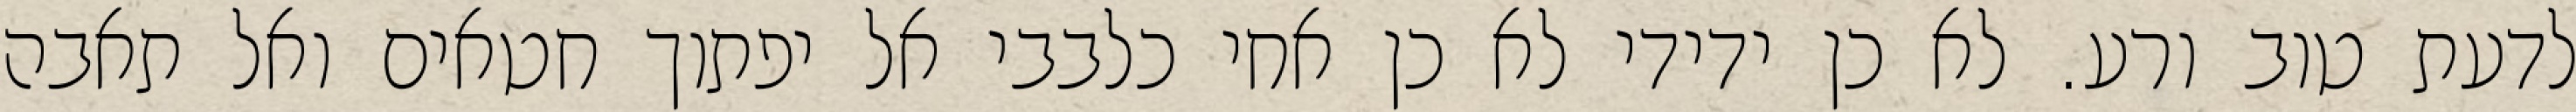
לדעת טוב ורע. לא כן ידידי לא כן אחי כלבבי אל יפתוך חטאים ואל תאבה